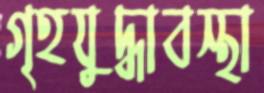
গৃহযুদ্ধাবস্থা